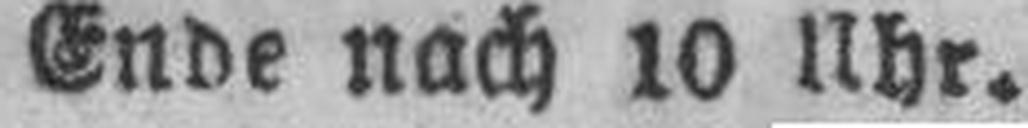
Ende nach 10 Uhr.